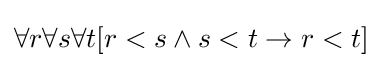
\forall r\forall s\forall t[r<s\land s<t\rightarrow r<t]